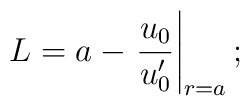
L= a - \left.\frac{u_0}{u_0^\prime}\right|_{r=a};